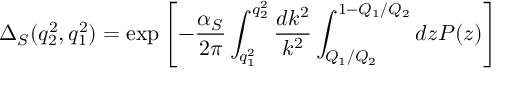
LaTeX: \Delta _ { S } ( q _ { 2 } ^ { 2 } , q _ { 1 } ^ { 2 } ) = \exp \left[ - { \frac { \alpha _ { S } } { 2 \pi } } \int _ { q _ { 1 } ^ { 2 } } ^ { q _ { 2 } ^ { 2 } } { \frac { d k ^ { 2 } } { k ^ { 2 } } } \int _ { Q _ { 1 } / Q _ { 2 } } ^ { 1 - Q _ { 1 } / Q _ { 2 } } { d z P ( z ) } \right]